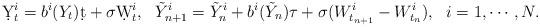
LaTeX: \begin{align*}\d Y_t^i = b^i(Y_t)\d t + \sigma\d W_t^i,~~\tilde Y_{n+1}^i = \tilde Y_n^i + b^i(\tilde Y_n)\tau + \sigma (W_{t_{n+1}}^i-W_{t_n}^i),~~i=1,\cdots,N.\end{align*}